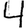
Digit: 4